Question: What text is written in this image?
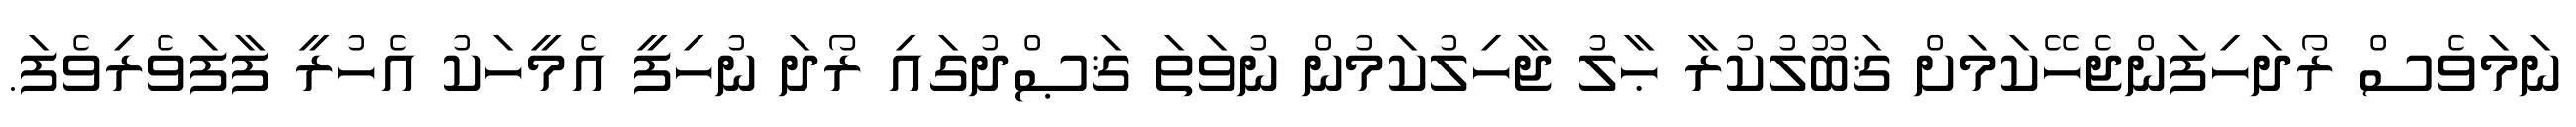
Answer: ނަމަވެސް ރޯދަހިފަންޖެހޭކަމަށް ޤަބޫލުކުރާ ޙާލު ޖާހިލުކަމުން ނުވަތަ ޤަޞްދުގައި ރޯދަ ނުހިފީ އެމީހަކު އެހުރީ ފާފަވެރިވެފަ.